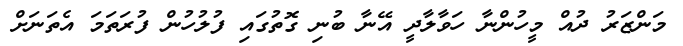
މަންޒަރު ދުއް މީހުންނާ ހަވާލާދީ އޭނާ ބުނި ގޮތުގައި ފުލުހުން ފުރަތަމަ އެތަނަށް